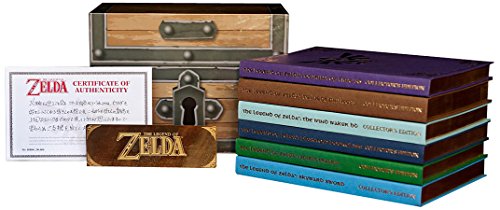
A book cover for The Legend of Zelda Boxed Set: Prima Official Game Guide; David Hodgson; Science Fiction & Fantasy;